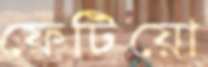
ফেটিয়ো